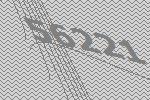
56221